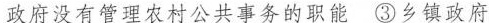
政府没有管理农村公共事务的职能③乡镇政府